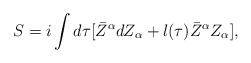
\begin{align*}S=i\int d\tau[\bar Z^{\alpha}d Z_{\alpha} + l(\tau)\bar Z^{\alpha}Z_{\alpha}],\end{align*}